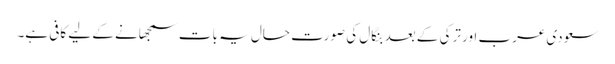
سعودی عرب اور ترکی کے بعد بنگال کی صورتِ حال یہ بات سمجھانے کے لیے کافی ہے۔